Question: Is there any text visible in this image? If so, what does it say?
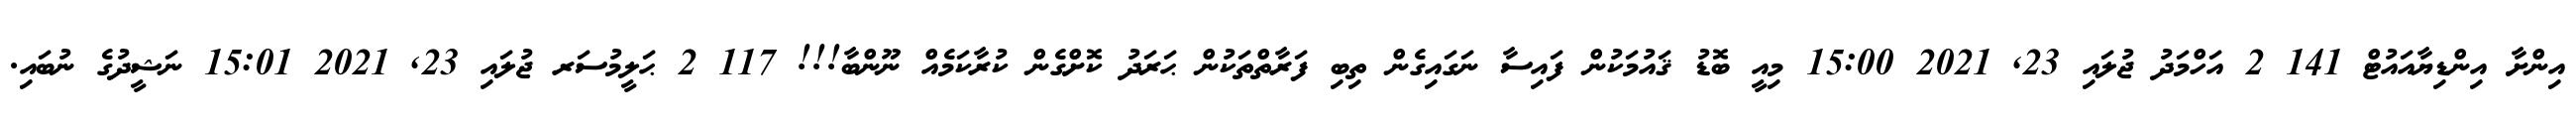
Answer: އިންށާ އިންޑިޔާއައުޓް 141 2 އަހްމަދު ޖުލައި 23, 2021 15:00 މިއީ ބޮޑު ޤައުމަކުން ފައިސާ ނަގައިގެން ތިބި ފަރާތްތަކުން ޙަރަދު ކޮށްގެން ކުރާކަމެއް ނޫންބާ!!! 117 2 ޙަލީމުސަރ ޖުލައި 23, 2021 15:01 ނަޝީދުގެ ނުބައި.